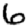
Digit: 6